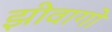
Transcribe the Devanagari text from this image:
झीवागो